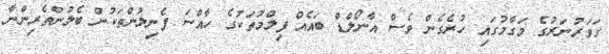
ގަވަރުނަރުގެ މަގާމުގައި ހުރެގެން ވެސް އާނޯލްޑް ބައެއް ފިލްމުތަކުގެ ހާއްސަ ފެނިލުންތަކުން ބެލުންތެރިންނާ